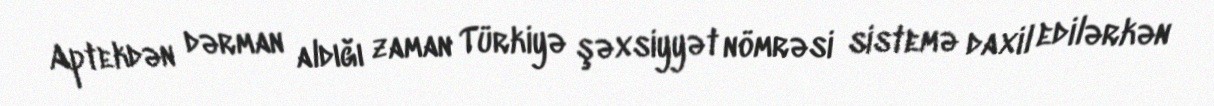
Aptekdən dərman aldığı zaman Türkiyə şəxsiyyət nömrəsi sistemə daxil edilərkən